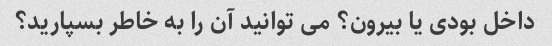
داخل بودی یا بیرون؟ می توانید آن را به خاطر بسپارید؟